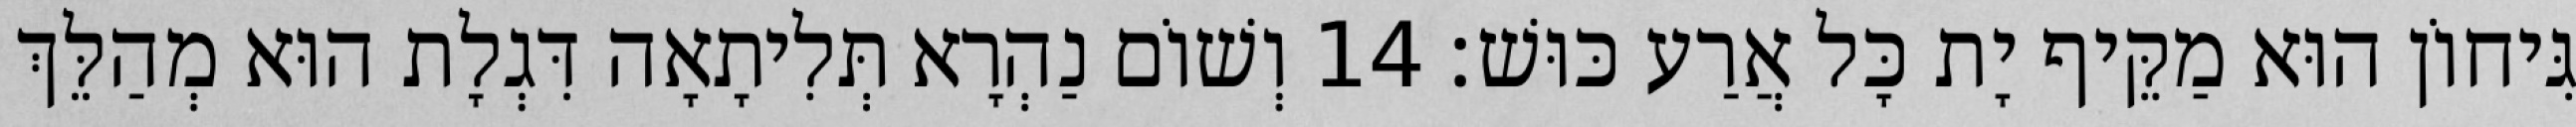
גִּיחוֹן הוּא מַקֵּיף יָת כָּל אֲרַע כּוּשׁ׃ 14 וְשׁוֹם נַהְרָא תְּלִיתָאָה דִּגְלָת הוּא מְהַלֵּךְ